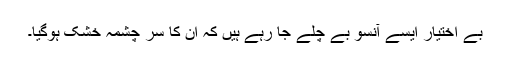
بے اختیار ایسے آنسو بے چلے جا رہے ہیں کہ ان کا سر چشمہ خشک ہوگیا۔